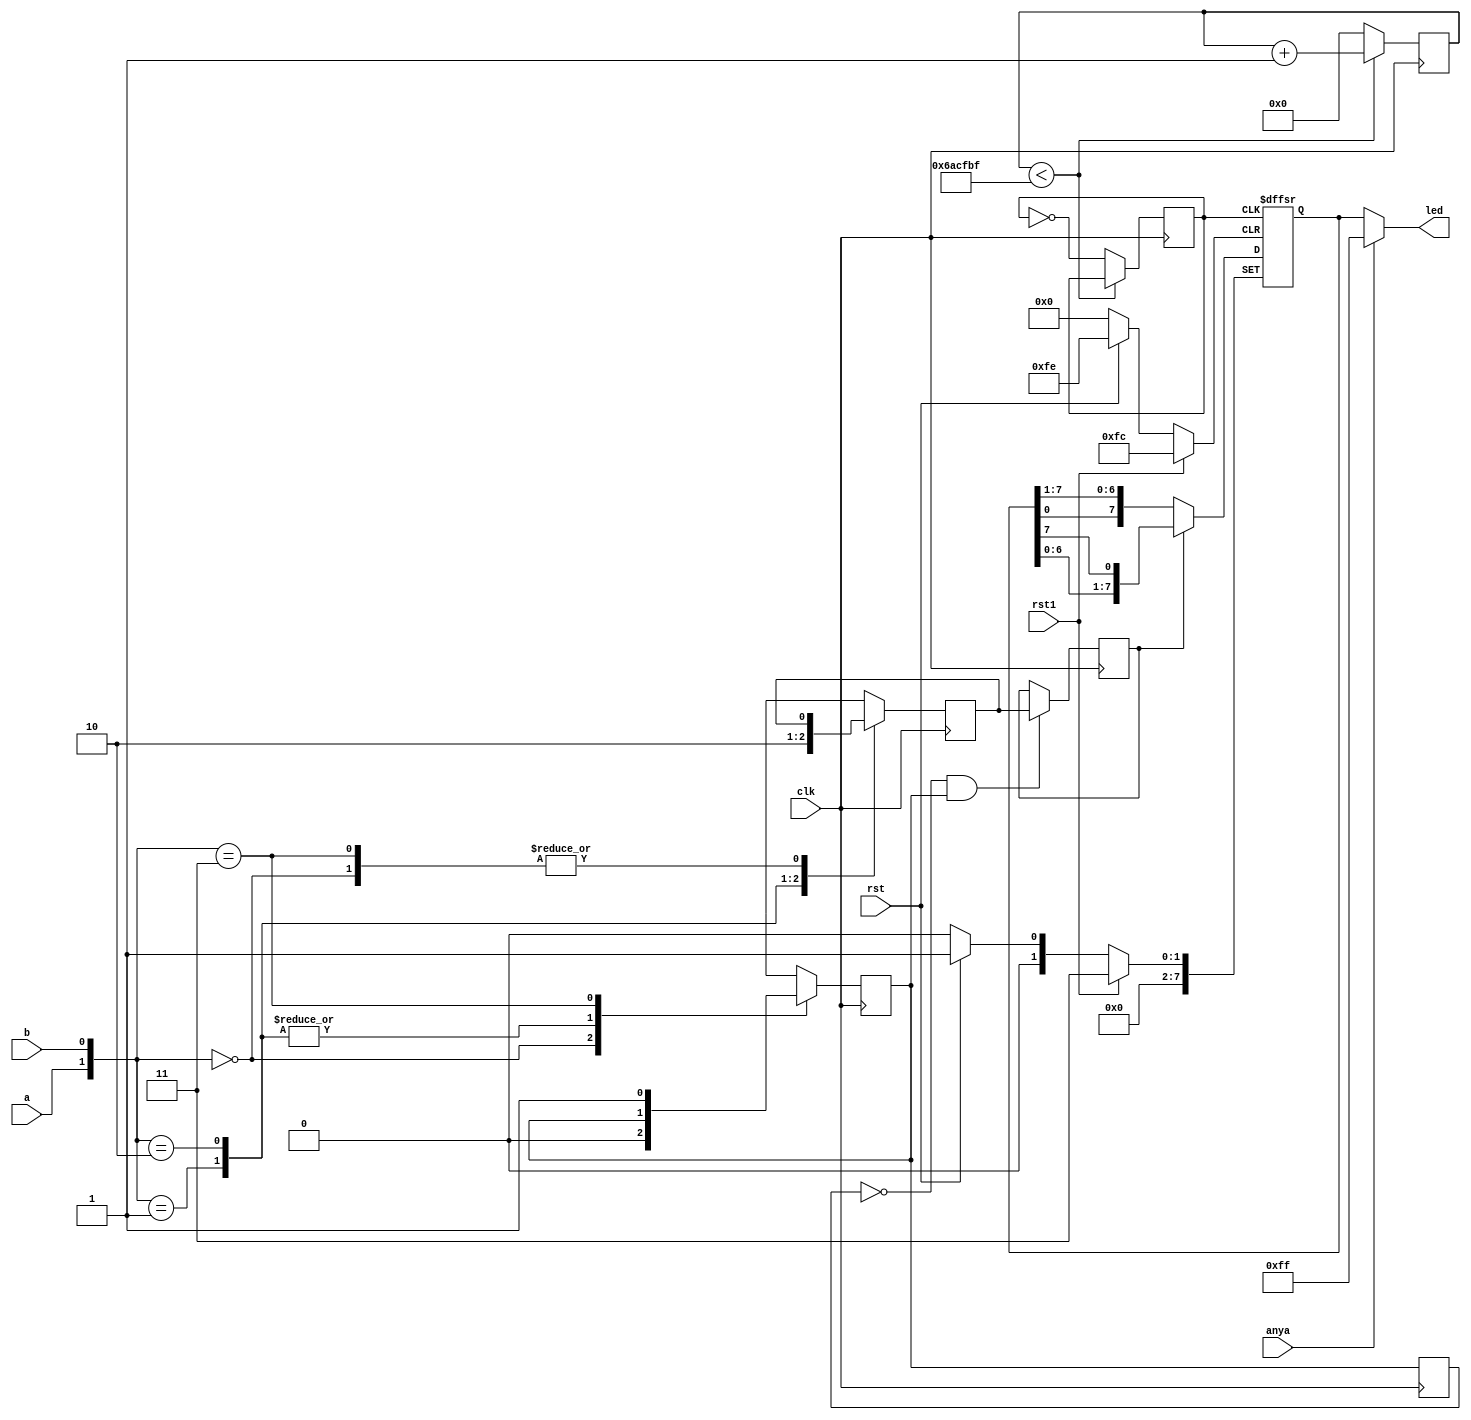
module xuanzhuan(clk,a,b,rst,rst1,anya,led);
input clk,a, b,anya,rst,rst1;
output [7:0]led;

reg[7:0]kaishi=8'b00000011;
reg  qa=0,qb=0;
reg  qa_dly=0;
reg  rot_event=0;
reg  left=0;
reg  clk1;
reg [31:0]count;


always@(posedge clk)
 if(count<6999999)
    count<=count+1;
 else
   begin count<=0; clk1=~clk1; end

always@(posedge clk)
 begin
   case({a,b})
	2'b00: begin  qa<=0;qb<=qb; end
	2'b01: begin  qa<=qa;qb<=1; end	//qa
   2'b10: begin  qa<=qa;qb<=0; end //qb
   2'b11: begin  qa<=1;qb<=qb; end
   default:begin qa<=qa;qb<=qb;end
	endcase 
end

always@(posedge clk)
begin
 qa_dly<=qa;
 if((qa_dly==0)&&(qa==1))
  begin 
     rot_event=1; left=qb; end
 else
  begin rot_event=0;left=left;end
 end
 
 always@(posedge clk1 or posedge rst or posedge rst1)
  if(rst)
   kaishi<=8'b00000001;
	else if(rst1)
	kaishi<=8'b00000011;
	else
 //if(rot_event)
   kaishi<=left?{kaishi[6:0],kaishi[7]}:{kaishi[0],kaishi[7:1]};
	
	
	
	
assign  led=anya?8'hff:kaishi;

endmodule